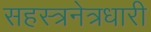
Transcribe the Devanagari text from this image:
सहस्त्रनेत्रधारी